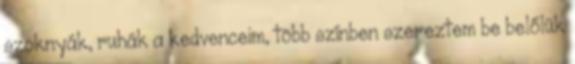
szoknyák, ruhák a kedvenceim, több színben szereztem be belőlük